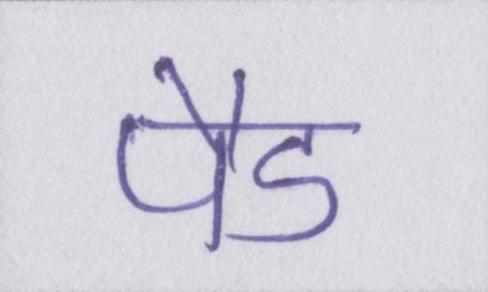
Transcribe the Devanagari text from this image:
पैड